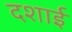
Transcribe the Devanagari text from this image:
दशाई